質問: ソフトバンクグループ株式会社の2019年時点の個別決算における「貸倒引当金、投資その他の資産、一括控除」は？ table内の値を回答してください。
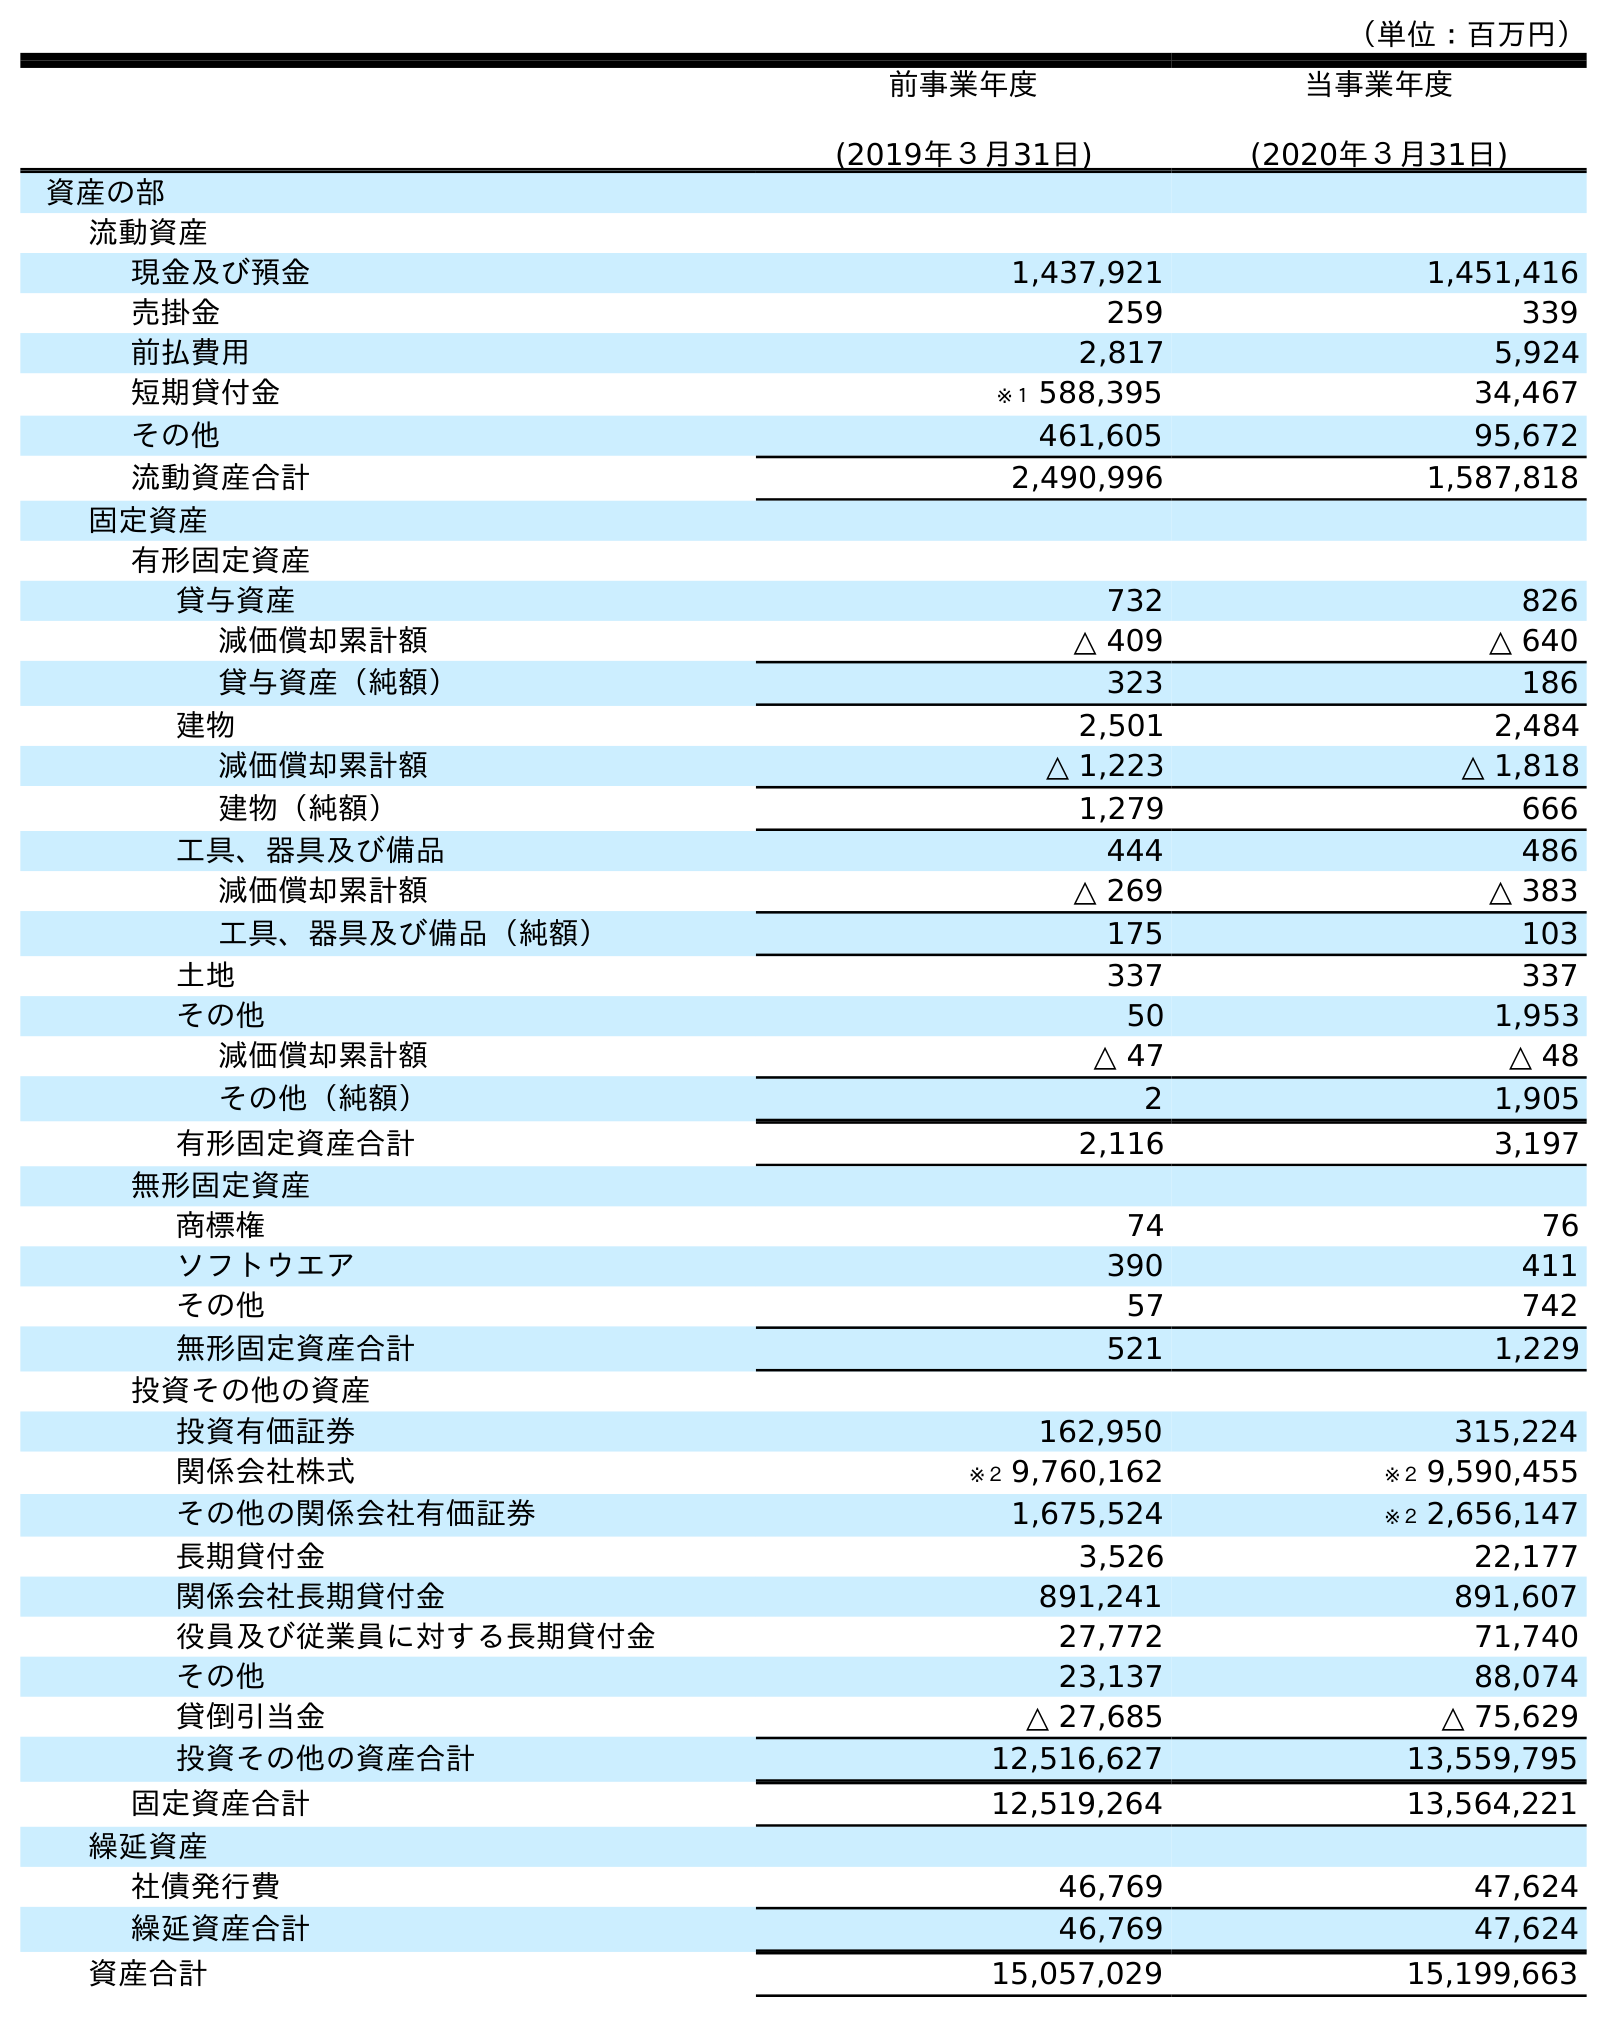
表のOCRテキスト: （単位：百万円） 前事業年度 (2019年３月31日) 当事業年度 (2020年３月31日) 資産の部 流動資産 現金及び預金 1,437,921 1,451,416 売掛金 259 339 前払費用 2,817 5,924 短期貸付金 ※１ 588,395 34,467 その他 461,605 95,672 流動資産合計 2,490,996 1,587,818 固定資産 有形固定資産 貸与資産 732 826 減価償却累計額 △ 409 △ 640 貸与資産（純額） 323 186 建物 2,501 2,484 減価償却累計額 △ 1,223 △ 1,818 建物（純額） 1,279 666 工具、器具及び備品 444 486 減価償却累計額 △ 269 △ 383 工具、器具及び備品（純額） 175 103 土地 337 337 その他 50 1,953 減価償却累計額 △ 47 △ 48 その他（純額） 2 1,905 有形固定資産合計 2,116 3,197 無形固定資産 商標権 74 76 ソフトウエア 390 411 その他 57 742 無形固定資産合計 521 1,229 投資その他の資産 投資有価証券 162,950 315,224 関係会社株式 ※２ 9,760,162 ※２ 9,590,455 その他の関係会社有価証券 1,675,524 ※２ 2,656,147 長期貸付金 3,526 22,177 関係会社長期貸付金 891,241 891,607 役員及び従業員に対する長期貸付金 27,772 71,740 その他 23,137 88,074 貸倒引当金 △ 27,685 △ 75,629 投資その他の資産合計 12,516,627 13,559,795 固定資産合計 12,519,264 13,564,221 繰延資産 社債発行費 46,769 47,624 繰延資産合計 46,769 47,624 資産合計 15,057,029 15,199,663
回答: △27,685